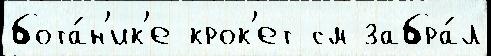
бота́н'ик'е крок'ет см забра́л